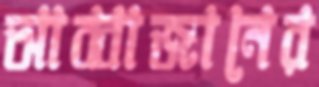
আব্বাজানের